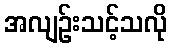
အလျဉ်းသင့်သလို